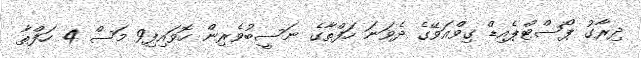
ދިރާގު ޕޯސްޓްޕެއިޑް ގިވްއަވޭގެ ދެވަނަ ހަފްތާގެ ނަސީބުވެރިން ހޮވައިފި9 މަސް 4 ހަފްތާ